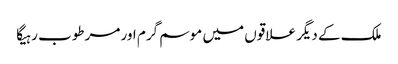
ملک کے دیگر علاقوں میں موسم گرم اور مرطوب رہیگا